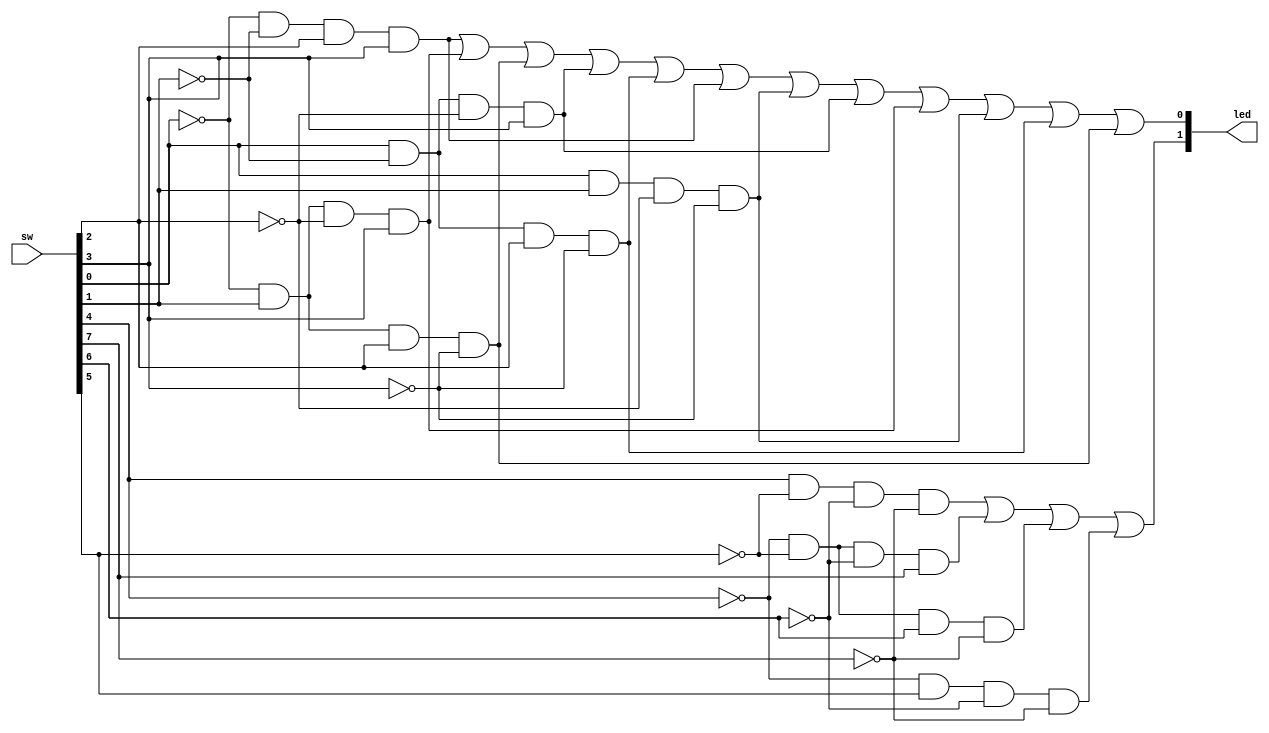
`timescale 1ns / 1ps
//////////////////////////////////////////////////////////////////////////////////
// Company: 
// Engineer: 
// 
// Design Name: 
// Module Name: LEDcon
// Project Name: 
// Target Devices: 
// Tool Versions: 
// Description: 
// 
// Dependencies: 
// 
// Revision:
// Revision 0.01 - File Created
// Additional Comments:
// 
//////////////////////////////////////////////////////////////////////////////////


module LEDcon(
input [7:0] sw,
output [1:0] led
    );
    assign led [0] = (~sw[0] & ~sw[1] & sw[2] & sw[3]) |
                     (~sw[0] & sw[1] & ~sw[2] & sw[3]) |
                     (~sw[0] & sw[1] & sw[2] & ~sw[3]) |
                     
                     (sw[0] & ~sw[1] & ~sw[2] & sw[3]) |
                     (sw[0] & ~sw[1] & sw[2] & ~sw[3]) |
                     (~sw[0] & ~sw[1] & sw[2] & sw[3]) |
                     
                     (sw[0] & sw[1] & ~sw[2] & ~sw[3]) |
                     (sw[0] & ~sw[1] & ~sw[2] & sw[3]) |
                     (~sw[0] & sw[1] & ~sw[2] & sw[3]) |
                     
                     (sw[0] & sw[1] & ~sw[2] & ~sw[3]) |
                     (sw[0] & ~sw[1] & sw[2] & ~sw[3]) | 
                     (~sw[0] & sw[1] & sw[2] & ~sw[3]);
                     
    assign led [1] = ( sw[4] & ~sw[5] & ~sw[6] & ~sw[7] ) |
                     ( ~sw[4] & ~sw[5] & ~sw[6] & sw[7] ) |
                     ( ~sw[4] & ~sw[5] & sw[6] & ~sw[7] ) |
                     ( ~sw[4] & sw[5] & ~sw[6] & ~sw[7] );
    
              
endmodule